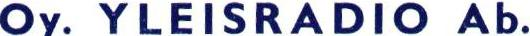
Oy. YLEISRADIO Ab.